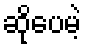
ဆိုပေမဲ့